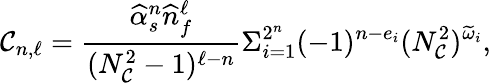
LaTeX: \mathcal{C}_{n,\ell}={\frac{{\widehat{\alpha}_{s}^{n}\widehat{n}_{f}^{\ell}}}{{(N_{\mathcal{C}}^{2}-1)^{\ell-n}}}}\Sigma_{i=1}^{2^{n}}(-1)^{n-e_{i}}(N_{\mathcal{C}}^{2})^{\widetilde{\omega}_{i}},